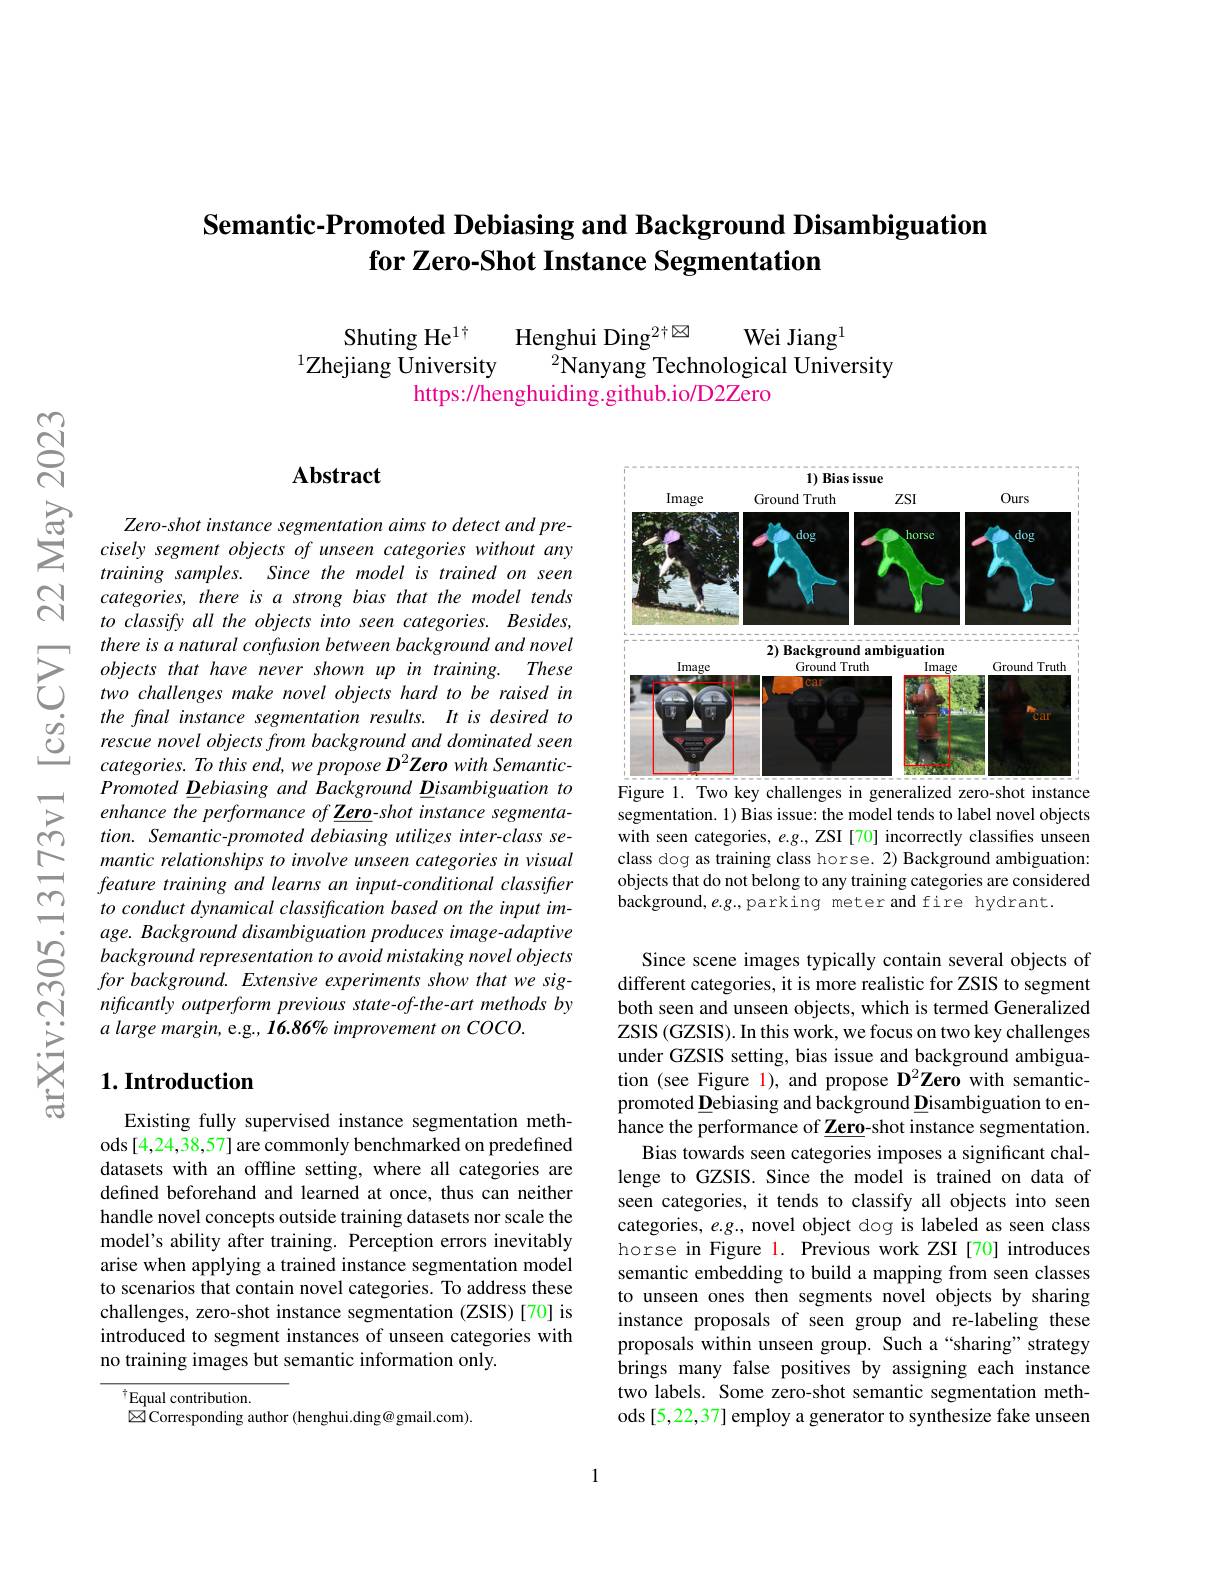
## Semantic-Promoted Debiasing and Background Disambiguation for Zero-Shot Instance Segmentation

Shuting He$^{1\dagger}$
Henghui Ding$_{-}^{2\dagger\boxtimes}$
Wei Jiang$^{1}$
$^{1}$Zhejiang University
$^{2}$Nanyang Technological University
https://henghuiding.github.io/D2Zero

## $\mathbf{Abstract}$

<FigureHere>
Figure 1. Two key challenges in generalized zero-shot instance

Zero-shot instance segmentation aims to detect and precisely segment objects of unseen categories without any training samples. Since the model is trained on seen
S categories, there is a strong bias that the model tends
to classify all the objects into seen categories. Besides, there is a natural confusion between background and novel objects that have never shown up in training. These two challenges make novel objects hard to be raised in the final instance segmentation results. It is desired to rescue novel objects from background and dominated seen categories. To this end, we propose D$^2\textbf{Zero with Semantic- }$ Promoted Debiasing and Background Disambiguation to enhance the performance of Zero-shot instance segmentation. Semantic-promoted debiasing utilizes inter-class semantic relationships to involve unseen categories in visual feature training and learns an input-conditional classifier to conduct dynamical classification based on the input image. Background disambiguation produces image-adaptive background representation to avoid mistaking novel objects for background. Extensive experiments show that we significantly outperform previous state-of-the-art methods by a large margin, e.g., 16.86% improvement on COCO.

segmentation. 1) Bias issue: the model tends to label novel objects with seen categories, $e.g.$, ZSI [70] incorrectly classifies unseen class dog as training class horse. 2) Background ambiguation: objects that do not belong to any training categories are considered background, e.g.,parking meter and fire hydrant.

## $1. \textbf{Introduction}$

Since scene images typically contain several objects of different categories, it is more realistic for ZSIS to segment both seen and unseen objects, which is termed Generalized ZSIS (GZSIS). In this work, we focus on two key challenges under GZSIS setting, bias issue and background ambiguation (see Figure 1), and propose D$^2\tilde{\mathbf{Zero}}$ with semanticpromoted Debiasing and background Disambiguation to enhance the performance of $\underline\textbf{Zero-shot instance segmentation.}$
Bias towards seen categories imposes a significant challenge to GZSIS. Since the model is trained on data of seen categories, it tends to classify all objects into seen categories, $e.g.$, novel object dog is labeled as seen class horse in Figure l. Previous work ZSI[70] introduces semantic embedding to build a mapping from seen classes to unseen ones then segments novel objects by sharing instance proposals of seen group and re-labeling these proposals within unseen group. Such a“sharing” strategy brings many false positives by assigning each instance two labels. Some zero-shot semantic segmentation methods [5,22,37] employ a generator to synthesize fake unseen

Existing fully supervised instance segmentation methods [4,24,38,57] are commonly benchmarked on predefined datasets with an offline setting, where all categories are defined beforehand and learned at once, thus can neither handle novel concepts outside training datasets nor scale the model's ability after training. Perception errors inevitably arise when applying a trained instance segmentation model to scenarios that contain novel categories. To address these challenges, zero-shot instance segmentation (ZSIS)[70] is introduced to segment instances of unseen categories with no training images but semantic information only.

$^{\dagger}$Equal contribution.
$\hat{\boxtimes}$Corresponding author (henghui.ding@gmail.com).

1